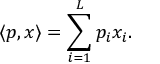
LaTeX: \langle p , x \rangle = \sum _ { i = 1 } ^ { L } p _ { i } x _ { i } .